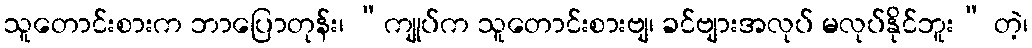
သူတောင်းစားက ဘာပြောတုန်း၊ “ကျုပ်က သူတောင်းစားဗျ၊ ခင်ဗျားအလုပ် မလုပ်နိုင်ဘူး” တဲ့၊